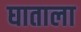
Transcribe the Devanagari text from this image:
घाताला